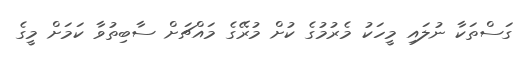
ގަސްތަކާ ނުލައި މީހަކު މެރުމުގެ ކުށް މުރޭގެ މައްޗަށް ސާބިތުވާ ކަމަށް މީގެ